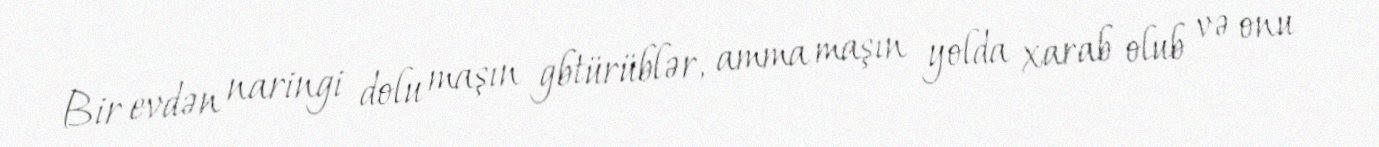
Bir evdən naringi dolu maşın gbtürüblər, amma maşın yolda xarab olub və onu